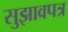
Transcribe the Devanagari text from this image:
सुझावपत्र